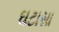
ઘટાસા